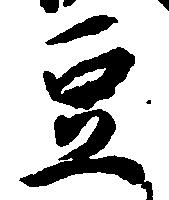
豆